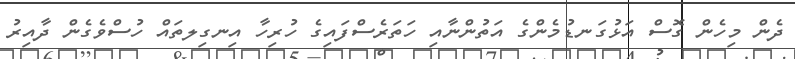
ދެން މިހެން ގޮސް އަޅުގަނޑުމެންގެ އަތުންނާއި ހަތަރެސްފައިގެ ހުރިހާ އިނގިލތައް ހުސްވެގެން ދާއިރު